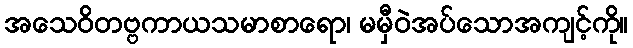
အသေဝိတဗ္ဗကာယသမာစာရော၊ မမှီဝဲအပ်သောအကျင့်ကို။